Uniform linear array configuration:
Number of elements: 64
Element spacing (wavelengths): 0.5
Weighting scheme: cosine
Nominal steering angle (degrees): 0
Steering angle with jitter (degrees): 1.362
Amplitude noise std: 0.05
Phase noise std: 0.05

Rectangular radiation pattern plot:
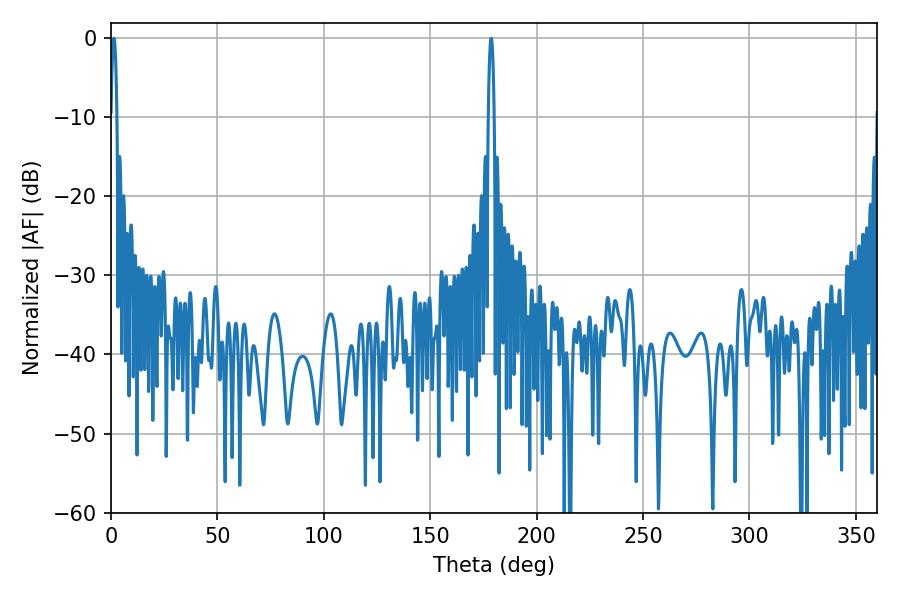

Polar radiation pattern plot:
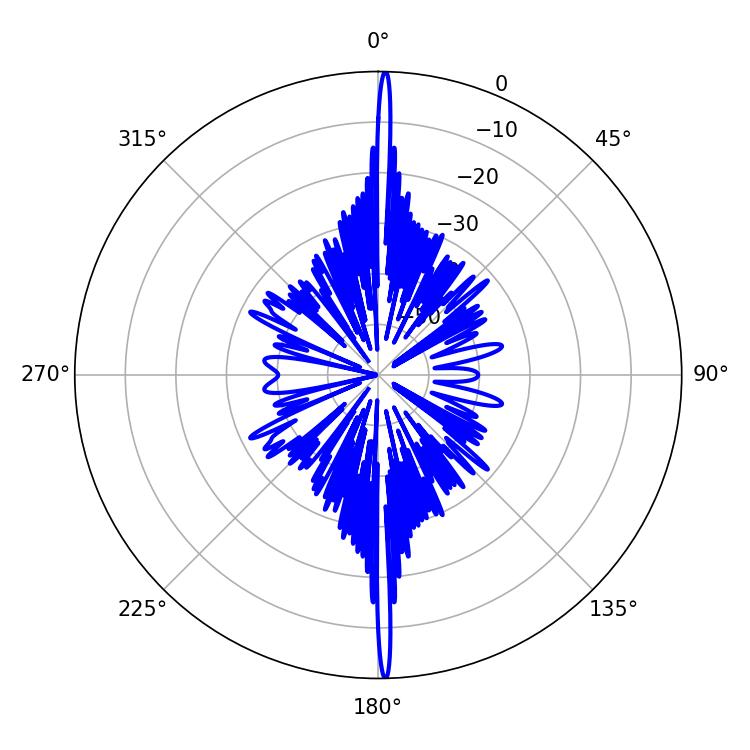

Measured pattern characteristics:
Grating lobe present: FALSE
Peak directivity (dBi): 31.29
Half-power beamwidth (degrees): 1.62
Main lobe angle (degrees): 178.56